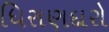
ધિરાણદારો